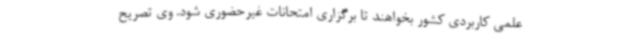
علمی کاربردی کشور بخواهند تا برگزاری امتحانات غیرحضوری شود. وی تصریح